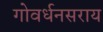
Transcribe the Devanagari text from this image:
गोवर्धनसराय